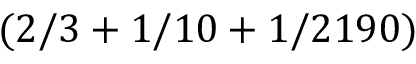
( 2 / 3 + 1 / 1 0 + 1 / 2 1 9 0 )